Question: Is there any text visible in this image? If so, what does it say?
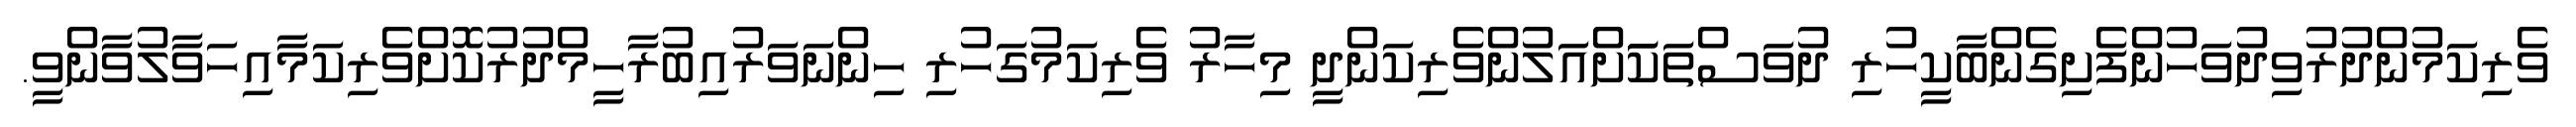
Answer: ވެރިކަމުންދުރުވިދުވަހުންފެށިގެންބާކީހުރި ދުވަސްތަކަަށްއަލުންވެރިކަންދީ މިހާރު ވެރިކަމުގަހުރި ހިންނަވަރުއިބުރާހީމްދުރުކޮށްވެރިކަމާއިހަވާލުވާންވީ.